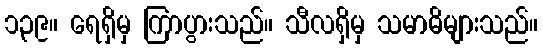
၁၃၉။ ရေရှိမှ ကြာပွားသည်။ သီလရှိမှ သမာဓိများသည်။